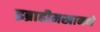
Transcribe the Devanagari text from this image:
इब्राहीमखानने